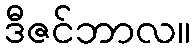
ဒီဇင်ဘာလ။